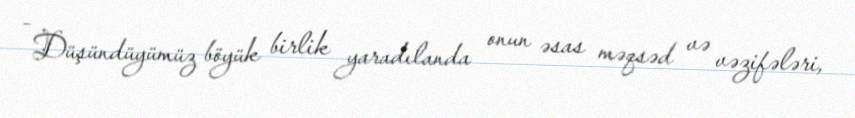
- Düşündüyümüz böyük birlik yaradılanda onun əsas məqsəd və vəzifələri,